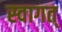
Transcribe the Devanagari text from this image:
स्वागत्